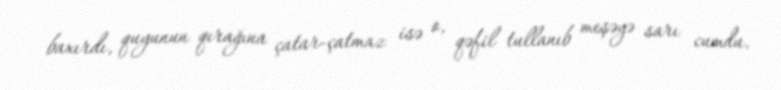
baxırdı, quyunun qırağına çatar-çatmaz isə o, qəfil tullanıb meşəyə sarı cumdu.